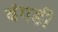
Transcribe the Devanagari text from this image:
बंगडी